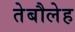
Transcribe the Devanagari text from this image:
तेबौलेह